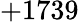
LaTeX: +1739